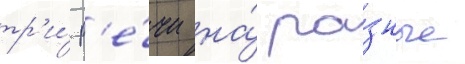
тр'и́ р'е́чи на́ ра́зные